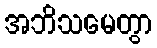
အဘိသမေတွာ